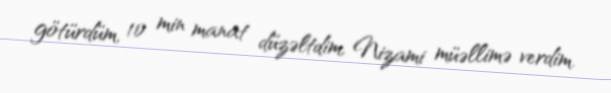
götürdüm, 10 min manat düzəltdim, Nizami müəllimə verdim.